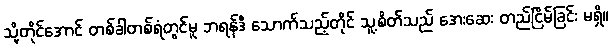
သို့တိုင်အောင် တစ်ခါတစ်ရံတွင်မူ ဘရန်ဒီ သောက်သည့်တိုင် သူ့စိတ်သည် အေးဆေး တည်ငြိမ်ခြင်း မရှိ။